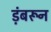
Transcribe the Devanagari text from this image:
ड़ंबरून